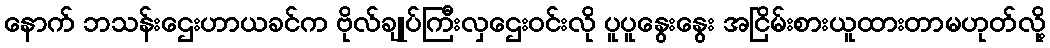
နောက် ဘသန်းဌေးဟာယခင်က ဗိုလ်ချုပ်ကြီးလှဌေးဝင်းလို ပူပူနွေးနွေး အငြိမ်းစားယူထားတာမဟုတ်လို့